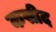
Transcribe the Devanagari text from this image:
कसीद